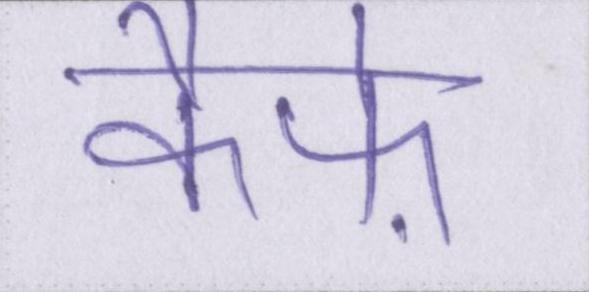
कैफ़े